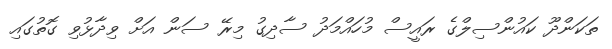
ތަކަންދޫ ކައުންސިލްގެ ރައީސް މުހައްމަދު ސާދިގު މިރޭ ސަން އަށް ވިދާޅުވި ގޮތުގައި